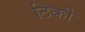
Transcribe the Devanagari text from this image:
ठिकी